Vaccination in Bombay 1913-1923 - 1913-1923
Year: 1913
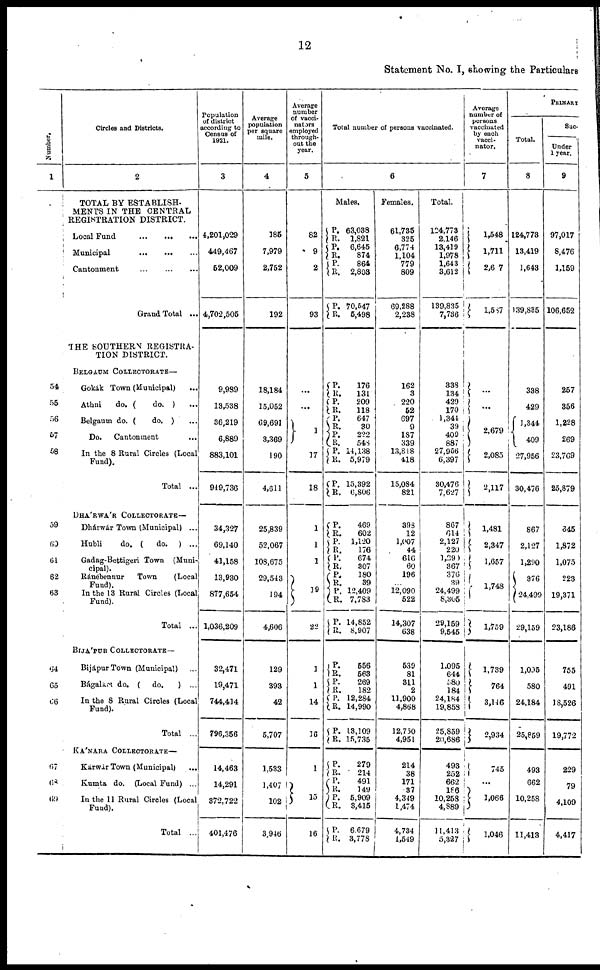
12
Statement No. I, showing the Particulars
Number.
1
54
55
56
57
58
59
60
61
62
63
64
65
66
67
68
69
Circles and Districts.
2
TOTAL BY ESTABLISH-
MENTS IN THE CENTRAL
REGISTRATION DISTRICT.
Local Fund
...
...
...
Municipal
...
...
...
Cantonment
...
...
...
Grand Total ...
THE SOUTHERN REGISTRA-
TION DISTRICT.
BELGAUM COLLECTORATE—
Gokák Town (Municipal) ...
Athni
do. (
do. ) ...
Belgaum do. (
do. ) ...
Do.
Cantonment
...
In the 8 Rural Circles (Local
Fund).
Total ...
DHÁRWÁR COLLECTORATE—
Dhárwár Town (Municipal) ...
Hubli
do. (
do. ) ...
Gadag-Bettigeri Town (Muni¬
cipal).
Ránebennur
Town
(Local
Fund).
In the 13 Rural Circles (Local
Fund).
Total ...
BIJÁPUR COLLECTORATE—
Bijápur Town (Municipal) ...
Bágalkot do. ( do.
) ...
In the 8 Rural Circles (Local
Fund).
Total ...
KÁNARA COLLECTORATE—
Kárwár Town (Municipal)
...
Kumta do. (Local Fund) ...
In the 11 Rural Circles (Local
Fund).
Total ...
Population
of district
according to
Census of
1921.
3
4,201,029
449,467
52,009
4,702,505
9,989
13,538
36,219
6,889
883,101
949,736
34,327
69,140
41,158
13,930
877,654
1,036,209
32,471
19,471
744,414
796,356
14,463
14,291
372,722
401,476
Average
population
per square
mile.
4
185
7,979
2,752
192
18,184
15,052
69,691
3,369
190
4,611
25,839
52,067
108,675
29,543
194
4,606
129
393
42
5,707
1,533
1,407
102
3,946
Average
number
of vacci¬
nators
employed
through-
out the
year.
5
82
9
2
93
...
...
1
17
18
1
1
1
19
22
1
1
14
16
1
15
16
Total number of persons vaccinated.
6
Males.
P.
R.
P.
R.
P.
R.
P.
R.
P.
R.
P.
R.
P.
R.
P.
R.
P.
R.
P.
R.
P.
R.
P.
R.
P.
R.
P.
R.
P.
R.
P.
R.
P.
R.
P.
R.
P.
R.
P.
R.
P.
R.
P.
R.
P.
R.
P.
R.
63,038
1,821
6,645
874
864
2,803
70,547
5,498
176
131
209
118
647
30
222
548
14,138
5,979
15,392
6,806
469
602
1,120
176
674
307
180
39
12,409
7,783
14,852
8,907
556
563
269
182
12,284
14,990
13,109
15,735
279
214
491
149
5,909
3,415
6 679
3,778
Females.
61,735
325
6,774
1,104
779
809
69,288
2,238
162
3
220
52
697
9
187
339
13,818
418
15,084
821
393
12
1,007
44
616
60
196
...
12,090
522
14,307
638
539
81
311
2
11,900
4,868
12,750
4,951
214
38
171
37
4,349
1,474
4,734
1,549
Total.
124,773
2,146
13,419
1,978
1,643
3,612
139,835
7,736
338
134
429
170
1,344
39
409
887
27,956
6,397
30,476
7,627
867
614
2,127
220
1,290
367
376
39
24,499
8,305
29,159
9,545
1,095
644
580
184
24,184
19,858
25,859
20,686
493
252
662
186
10,258
4,889
11,413
5,327
Average
number of
persons
vaccinated
by each
vacci¬
nator.
7
1,548
1,711
2,607
1,587
...
...
2,679
2,085
2,117
1,481
2,347
1,657
1,748
1,759
1,739
764
3,146
2,934
745
...
1,066
1,046
PRIMARY
Total.
8
124,773
13,419
1,643
139,885
338
429
1,344
409
27,956
30,476
867
2,127
1,290
376
24,499
29,159
1,095
580
24,184
25,859
493
662
10,258
11,413
Suc¬
Under
1 year.
9
97,017
8,476
1,159
106,652
257
356
1,228
269
23,769
25,879
645
1,872
1,075
223
19,371
23,186
755
491
18,526
19,772
229
79
4,109
4,417